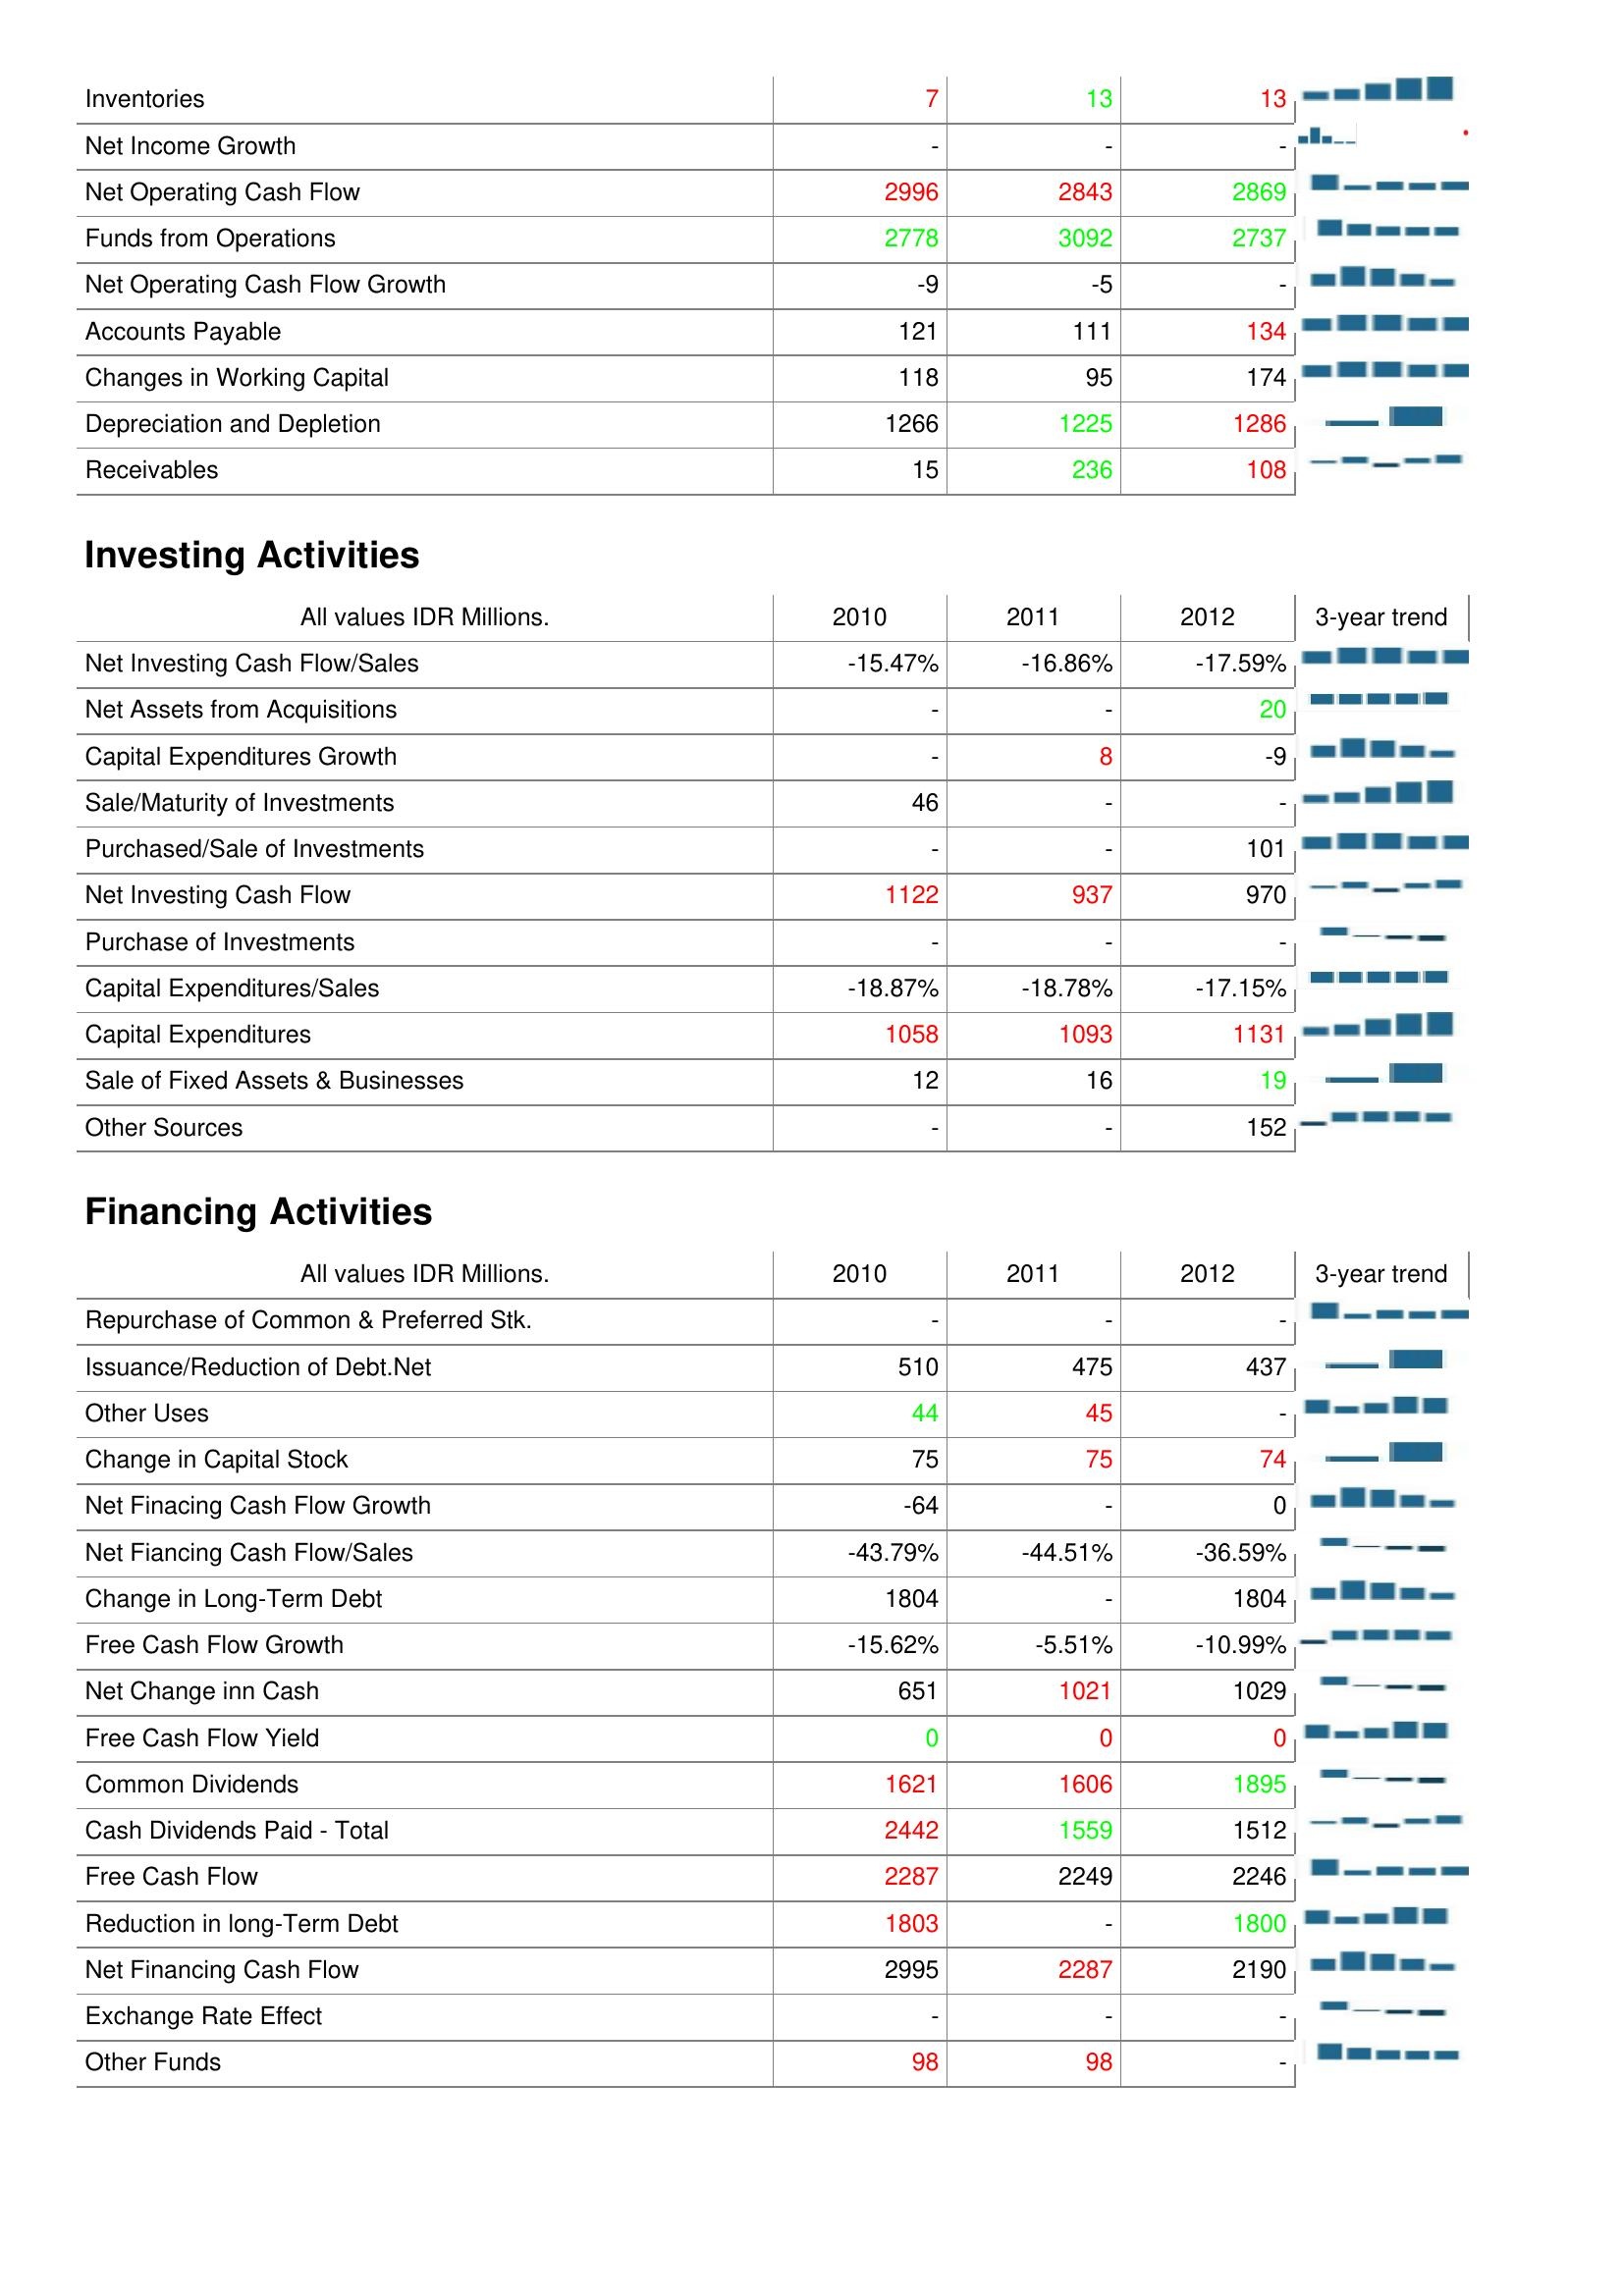
2010: Operating Activities: Inventories: 7
Net Income Growth: -
Net Operating Cash Flow: 2996
Funds from Operations: 2778
Net Operating Cash Flow Growth: -9
Accounts Payable: 121
Changes in Working Capital: 118
Depreciation and Depletion: 1266
Receivables: 15
Investing Activities: Net Investing Cash Flow/Sales: -15.47%
Net Assets from Acquisitions: -
Capital Expenditures Growth: -
Sale/Maturity of Investments: 46
Purchased/Sale of Investments: -
Net Investing Cash Flow: 1122
Purchase of Investments: -
Capital Expenditures/Sales: -18.87%
Capital Expenditures: 1058
Sale of Fixed Assets & Businesses: 12
Other Sources: -
Financing Activities: Repurchase of Common & Preferred Stk.: -
Issuance/Reduction of Debt.Net: 510
Other Uses: 44
Change in Capital Stock: 75
Net Finacing Cash Flow Growth: -64
Net Fiancing Cash Flow/Sales: -43.79%
Change in Long-Term Debt: 1804
Free Cash Flow Growth: -15.62%
Net Change inn Cash: 651
Free Cash Flow Yield: 0
Common Dividends: 1621
Cash Dividends Paid - Total: 2442
Free Cash Flow: 2287
Reduction in long-Term Debt: 1803
Net Financing Cash Flow: 2995
Exchange Rate Effect: -
Other Funds: 98
2011: Operating Activities: Inventories: 13
Net Income Growth: -
Net Operating Cash Flow: 2843
Funds from Operations: 3092
Net Operating Cash Flow Growth: -5
Accounts Payable: 111
Changes in Working Capital: 95
Depreciation and Depletion: 1225
Receivables: 236
Investing Activities: Net Investing Cash Flow/Sales: -16.86%
Net Assets from Acquisitions: -
Capital Expenditures Growth: 8
Sale/Maturity of Investments: -
Purchased/Sale of Investments: -
Net Investing Cash Flow: 937
Purchase of Investments: -
Capital Expenditures/Sales: -18.78%
Capital Expenditures: 1093
Sale of Fixed Assets & Businesses: 16
Other Sources: -
Financing Activities: Repurchase of Common & Preferred Stk.: -
Issuance/Reduction of Debt.Net: 475
Other Uses: 45
Change in Capital Stock: 75
Net Finacing Cash Flow Growth: -
Net Fiancing Cash Flow/Sales: -44.51%
Change in Long-Term Debt: -
Free Cash Flow Growth: -5.51%
Net Change inn Cash: 1021
Free Cash Flow Yield: 0
Common Dividends: 1606
Cash Dividends Paid - Total: 1559
Free Cash Flow: 2249
Reduction in long-Term Debt: -
Net Financing Cash Flow: 2287
Exchange Rate Effect: -
Other Funds: 98
2012: Operating Activities: Inventories: 13
Net Income Growth: -
Net Operating Cash Flow: 2869
Funds from Operations: 2737
Net Operating Cash Flow Growth: -
Accounts Payable: 134
Changes in Working Capital: 174
Depreciation and Depletion: 1286
Receivables: 108
Investing Activities: Net Investing Cash Flow/Sales: -17.59%
Net Assets from Acquisitions: 20
Capital Expenditures Growth: -9
Sale/Maturity of Investments: -
Purchased/Sale of Investments: 101
Net Investing Cash Flow: 970
Purchase of Investments: -
Capital Expenditures/Sales: -17.15%
Capital Expenditures: 1131
Sale of Fixed Assets & Businesses: 19
Other Sources: 152
Financing Activities: Repurchase of Common & Preferred Stk.: -
Issuance/Reduction of Debt.Net: 437
Other Uses: -
Change in Capital Stock: 74
Net Finacing Cash Flow Growth: 0
Net Fiancing Cash Flow/Sales: -36.59%
Change in Long-Term Debt: 1804
Free Cash Flow Growth: -10.99%
Net Change inn Cash: 1029
Free Cash Flow Yield: 0
Common Dividends: 1895
Cash Dividends Paid - Total: 1512
Free Cash Flow: 2246
Reduction in long-Term Debt: 1800
Net Financing Cash Flow: 2190
Exchange Rate Effect: -
Other Funds: -